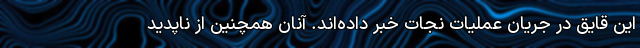
این قایق در جریان عملیات نجات خبر داده‌اند. آنان همچنین از ناپدید